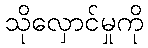
သိုလှောင်မှုကို